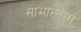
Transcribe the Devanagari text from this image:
सामान्तया